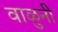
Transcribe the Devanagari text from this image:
वाळुनी